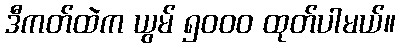
ဒီကတ်ထဲက ယွမ် ၅၀၀၀ ထုတ်ပါမယ်။